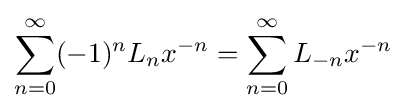
\sum _{n=0}^{\infty }(-1)^{n}L_{n}x^{-n}=\sum _{n=0}^{\infty }L_{-n}x^{-n}